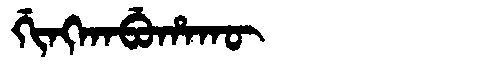
Manchu: ᡤᡳᠩᡴᠠᠪᡠᡥᠠᡴᡡ
Romanization: GINGKABUHAKŪ